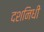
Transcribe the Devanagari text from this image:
दशनिधी